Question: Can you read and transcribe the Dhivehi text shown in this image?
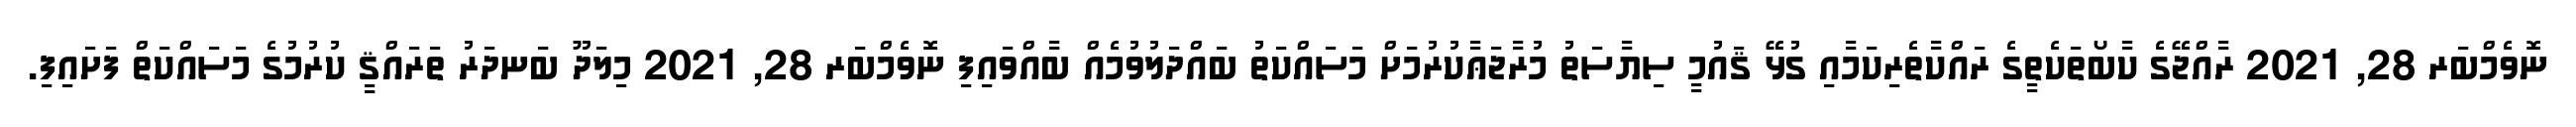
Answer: ނޮވެމްބަރ 28, 2021 ރާއްޖޭގެ ކާބޯތަކެތީގެ ރައްކާތެރިކަމާއި ގުޅޭ ޤައުމީ ސިޔާސަތު މުރާޖަޢާކުރުމަށް މަސައްކަތު ބައްދަލުވުމެއް ބާއްވައިފި ނޮވެމްބަރ 28, 2021 މިލަދޫ ބަނދަރު ތަރައްޤީ ކުރުމުގެ މަސައްކަތް ފަށައިފި.